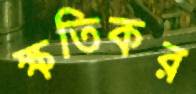
ক্ষতিকর